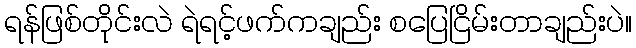
ရန်ဖြစ်တိုင်းလဲ ရဲရင့်ဖက်ကချည်း စပြေငြိမ်းတာချည်းပဲ။